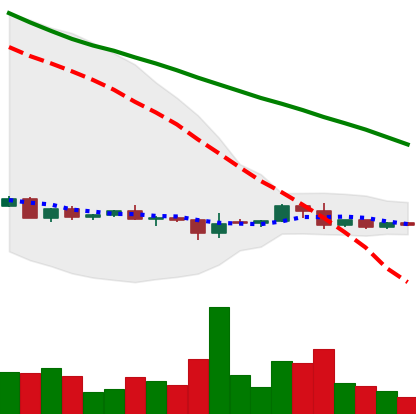
Ticker: DOGE-USD
Chart end date: 2022-06-05
Forward return: -7.109%
Label: down_7plus